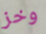
وخز